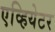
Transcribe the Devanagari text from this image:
एव्हियेटर